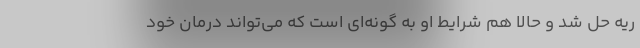
ریه حل شد و حالا هم شرایط او به گونه‌ای است که می‌تواند درمان خود